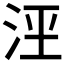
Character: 𰛟